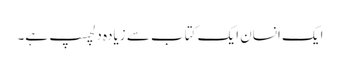
ایک انسان ایک کتاب سے زیادہ دلچسپ ہے۔